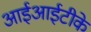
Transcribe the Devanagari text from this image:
आईआईटीके